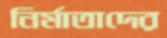
নির্মাতাদের